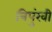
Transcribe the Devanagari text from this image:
त्रिपुंखी